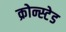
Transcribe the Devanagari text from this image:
क्रोन्स्टेड